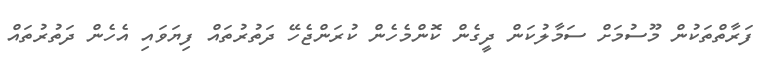
ފަރާތްތަކުން މޫސުމަށް ސަމާލުކަން ދީގެން ކޮންމެހެން ކުރަންޖެހޭ ދަތުރުތައް ފިޔަވައި އެހެން ދަތުރުތައް